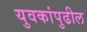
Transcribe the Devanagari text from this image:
युवकांपुढील